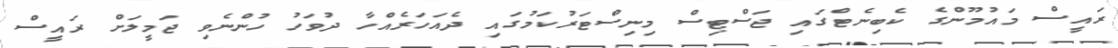
ރައީސް މައުމޫންގެ ކެބިނެޓްގައި ޖަސްޓިސް މިނިސްޓަރުކަމުގައި ދެއަހަރެއްހާ ދުވަހު ހުންނެވި ޖަމީލަށް ރައީސް